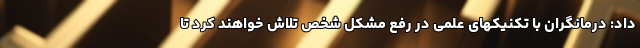
داد: درمانگران با تکنیکهای علمی در رفع مشکل شخص تلاش خواهند کرد تا